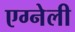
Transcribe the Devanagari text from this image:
एग्नेली